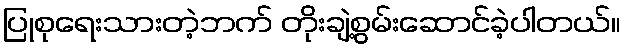
ပြုစုရေးသားတဲ့ဘက် တိုးချဲ့စွမ်းဆောင်ခဲ့ပါတယ်။